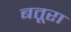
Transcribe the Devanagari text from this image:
बतूरा